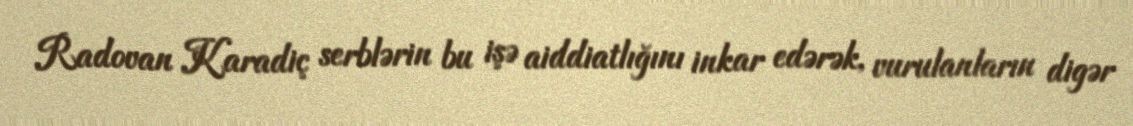
Radovan Karadiç serblərin bu işə aiddiatlığını inkar edərək, vurulanların digər